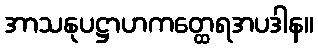
အာသနုပဋ္ဌာဟကတ္ထေရအပဒါန။